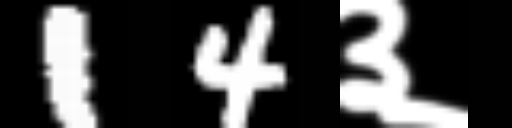
Text: 14३